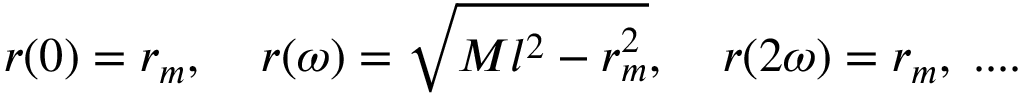
r ( 0 ) = r _ { m } , \; \; \; \; r ( \omega ) = \sqrt { M l ^ { 2 } - r _ { m } ^ { 2 } } , \; \; \; \; r ( 2 \omega ) = r _ { m } , \; . . . .